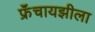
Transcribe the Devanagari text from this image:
फ्रॅंचायझीला